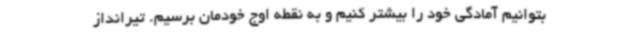
بتوانیم آمادگی خود را بیشتر کنیم و به نقطه اوج خودمان برسیم. تیرانداز